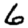
Digit: 6